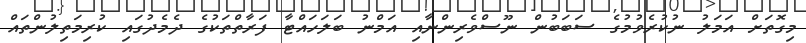
މިގޮތަށް އަމަލު ނުކުރެވުމުގެ ސަބަބުން ނޫސްވެރިންނާއި އަމްނު ބަލަހައްޓާ ފަރާތްތަކުގެ ދެމެދުގައި ކުރިމަތިލުންތައް